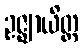
ဥဇ္ဈာယိတ္ထ